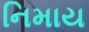
નિમાય